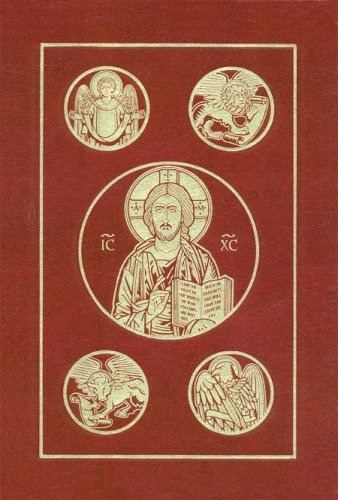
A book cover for The Ignatius Bible: Revised Standard Version - Second Catholic Edition; Press Ignatius; Christian Books & Bibles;